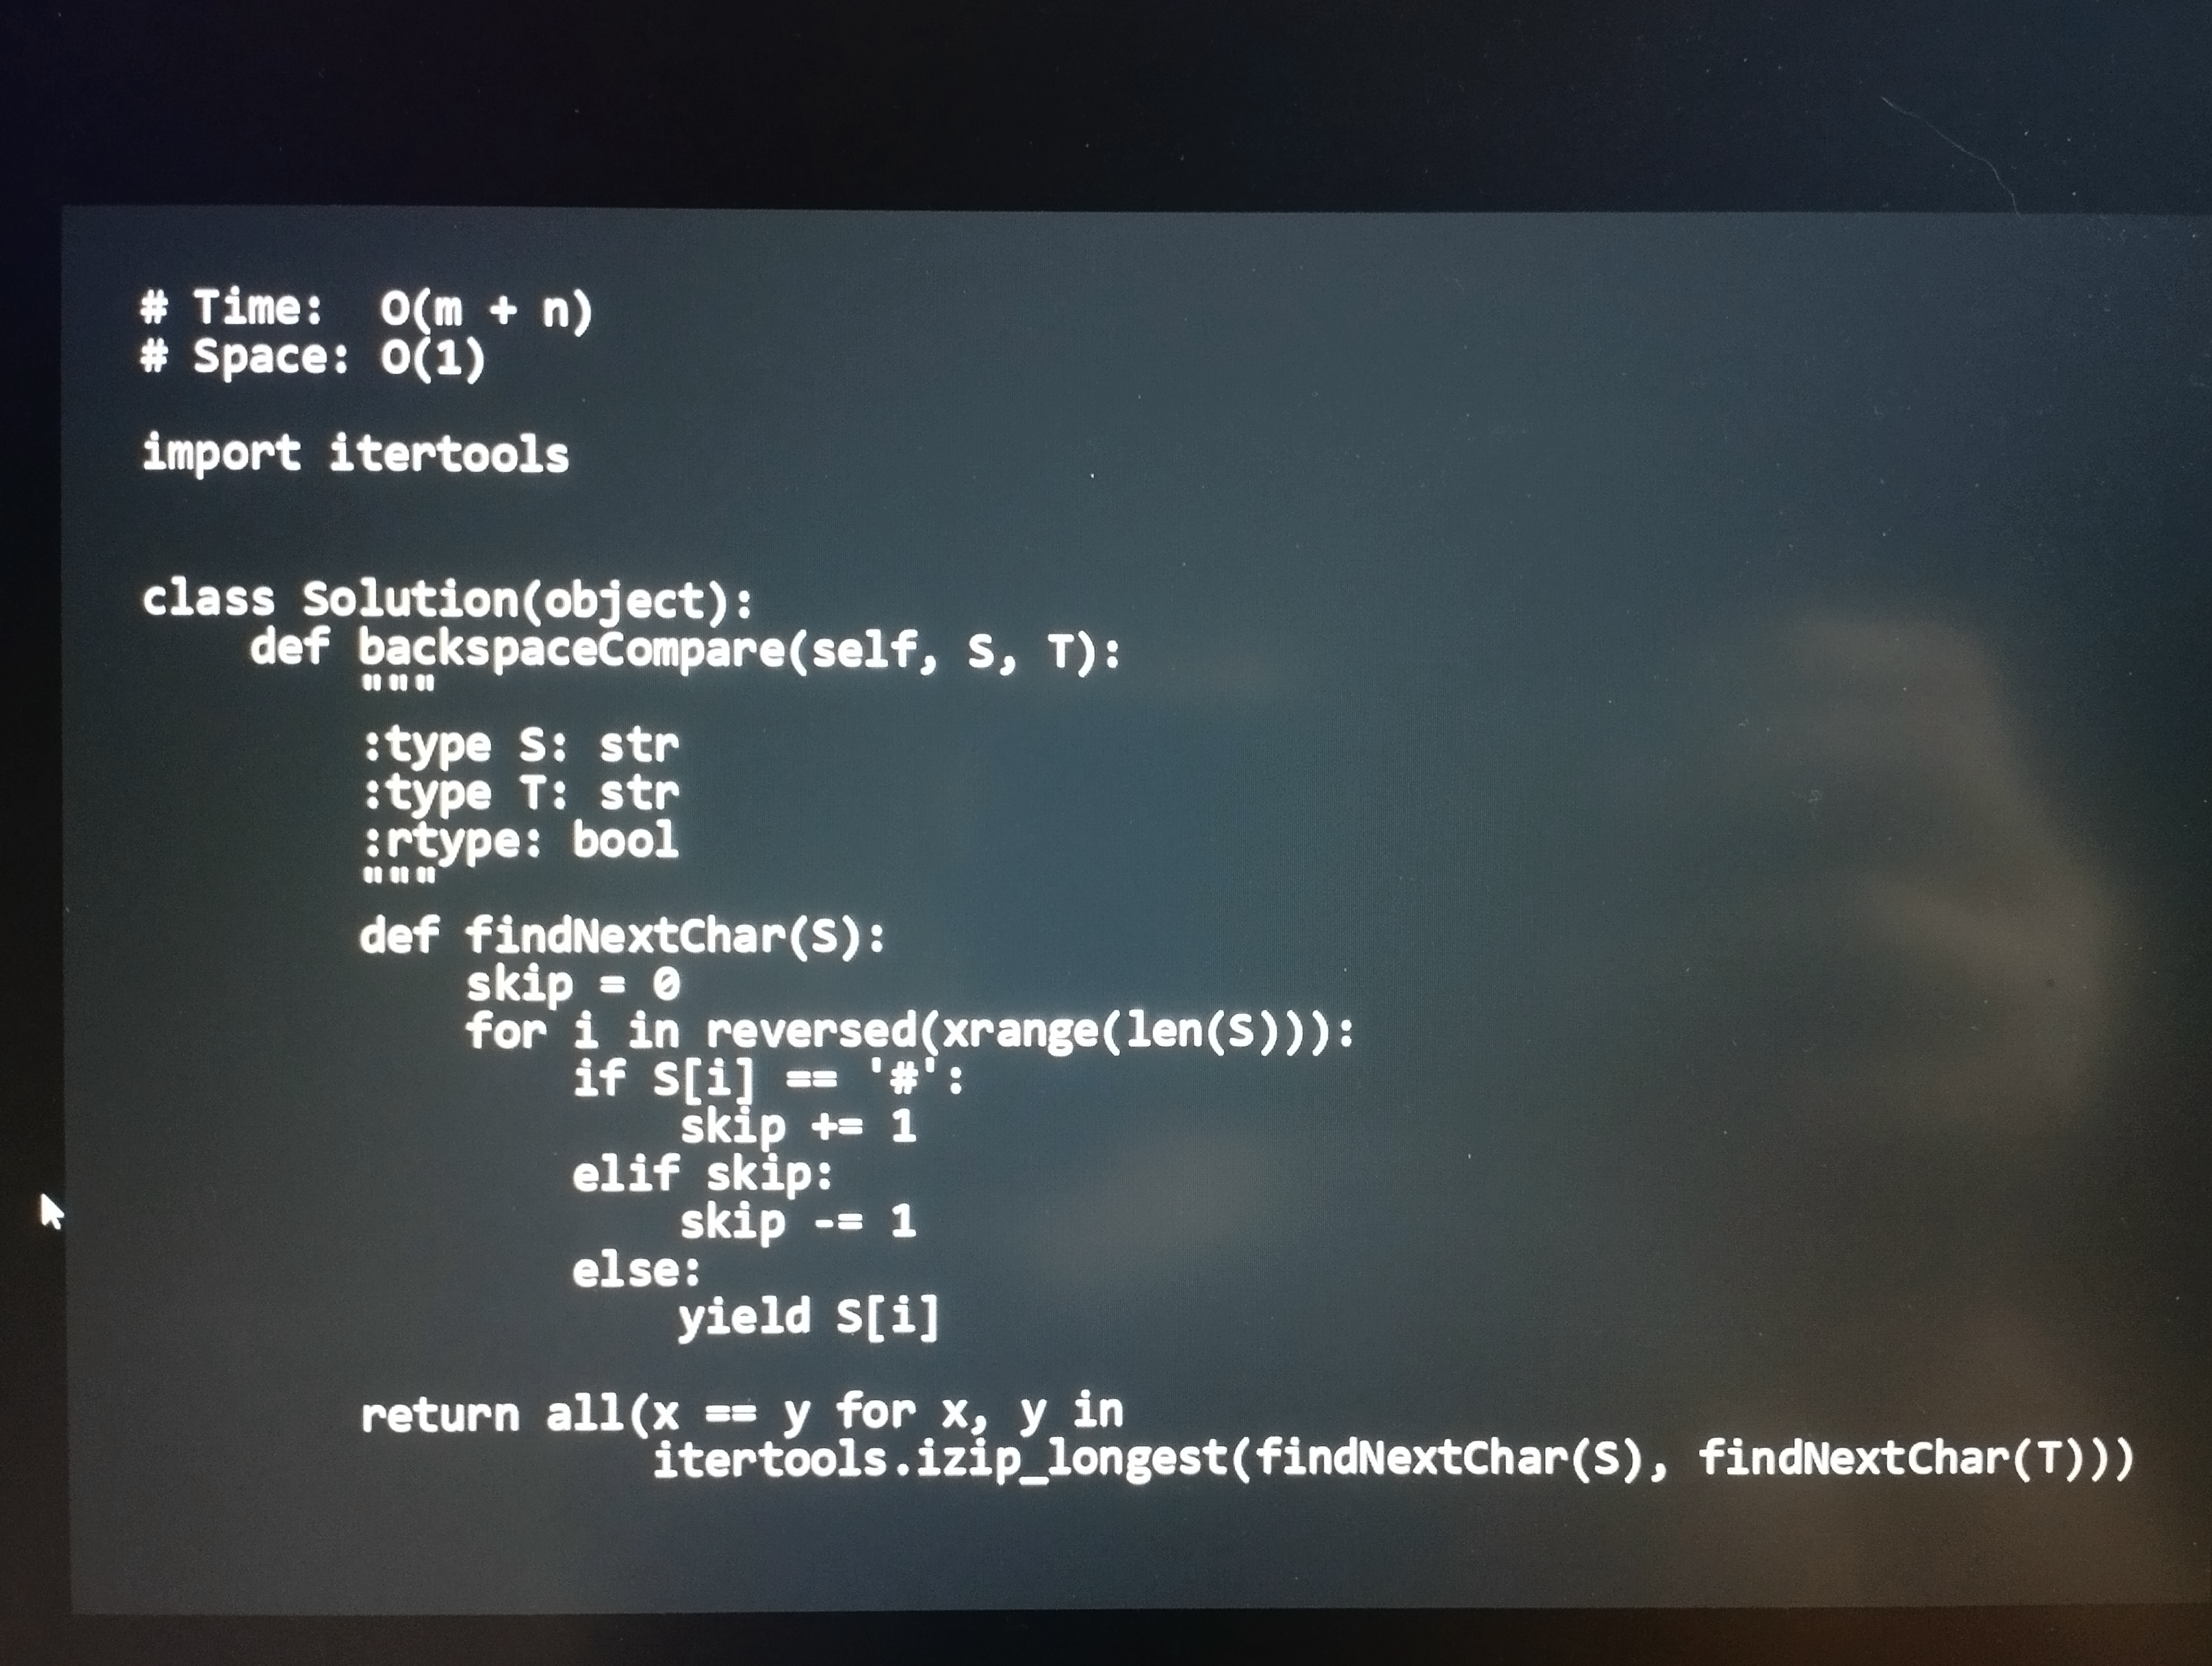
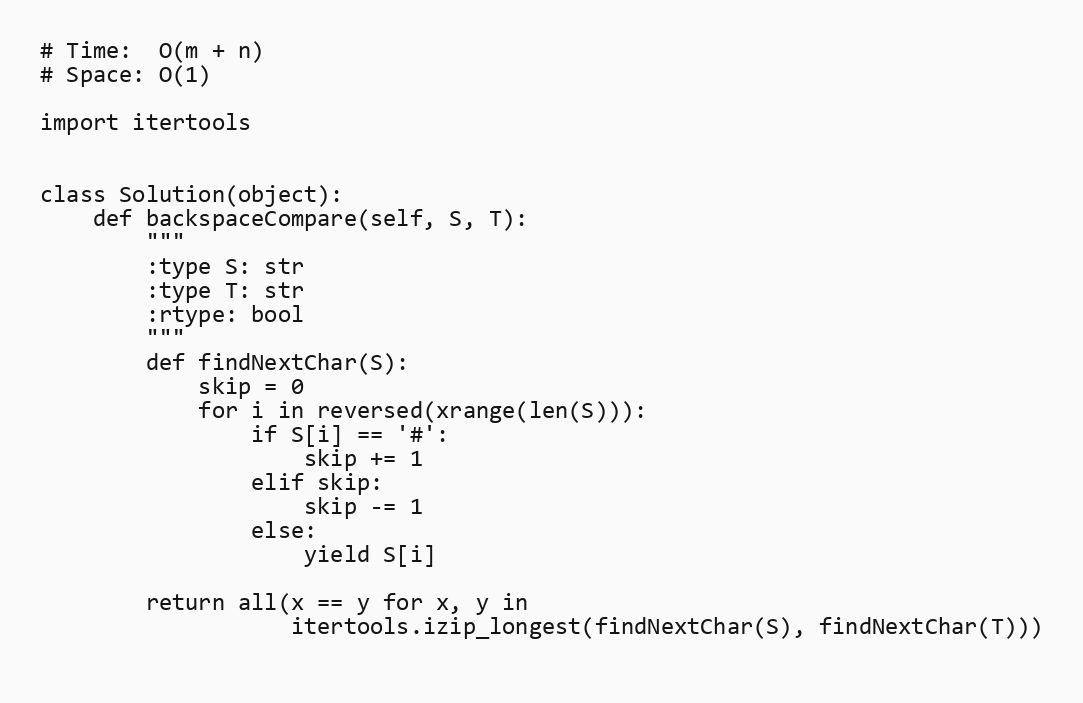
# Time:  O(m + n)
# Space: O(1)

import itertools

class Solution(object):
    def backspaceCompare(self, S, T):
        """
        :type S: str
        :type T: str
        :rtype: bool
        """
        def findNextChar(S):
            skip = 0
            for i in reversed(xrange(len(S))):
                if S[i] == '#':
                    skip += 1
                elif skip:
                    skip -= 1
                else:
                    yield S[i]

        return all(x == y for x, y in
                   itertools.izip_longest(findNextChar(S), findNextChar(T)))